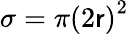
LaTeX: \sigma=\pi\left(2\mathsf{r}\right)^{2}